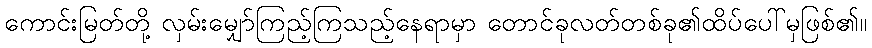
ကောင်းမြတ်တို့ လှမ်းမျှော်ကြည့်ကြသည့်နေရာမှာ တောင်ခုလတ်တစ်ခု၏ထိပ်ပေါ်မှဖြစ်၏။